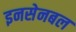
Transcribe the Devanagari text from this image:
इनसेनबल